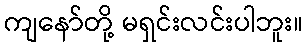
ကျနော်တို့ မရှင်းလင်းပါဘူး။